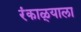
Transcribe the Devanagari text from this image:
रंकाळ्याला